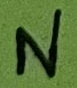
Text: N